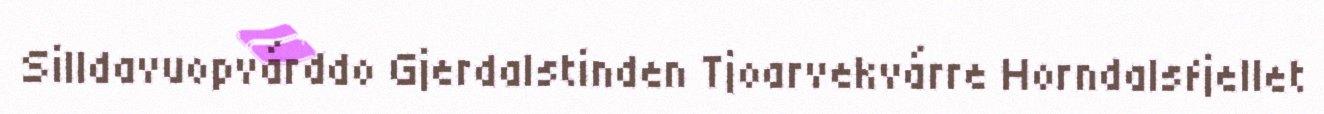
Silldavuopvárddo Gjerdalstinden Tjoarvekvárre Horndalsfjellet